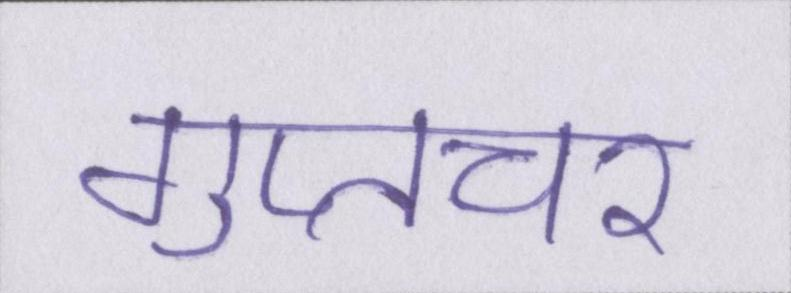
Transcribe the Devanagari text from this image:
गुप्तचर